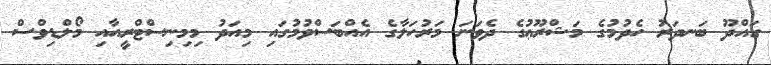
ގައްދޫ ބަނދަރު ހެދުމުގެ މަޝްރޫޢުގެ ދެވަނަ މަރުހަލާގެ އެއްބަސްވުމުގައި މިއަދު މިމިނިސްޓްރީއާއި މޯލްޑިވްސް